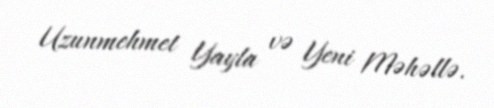
Uzunmehmet Yayla və Yeni Məhəllə.